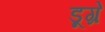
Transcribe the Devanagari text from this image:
डूग्रे